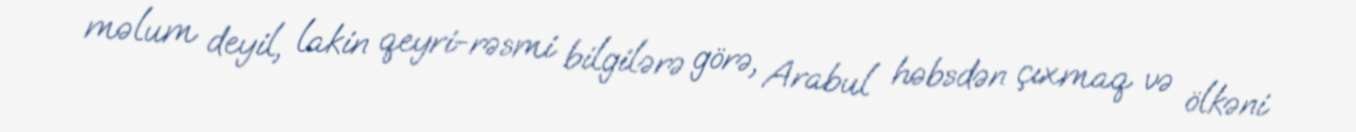
məlum deyil, lakin qeyri-rəsmi bilgilərə görə, Arabul həbsdən çıxmaq və ölkəni